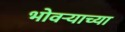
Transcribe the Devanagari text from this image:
भोवर्‍याच्या